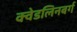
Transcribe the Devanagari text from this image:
क्वेडलिनबर्ग